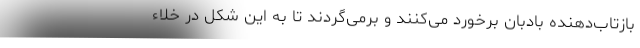
بازتاب‌دهنده بادبان برخورد می‌کنند و برمی‌گردند تا به این شکل در خلاء